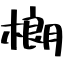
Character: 樃